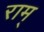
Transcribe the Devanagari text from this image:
राम्‌